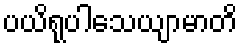
ပယိရုပါသေယျာမာတိ